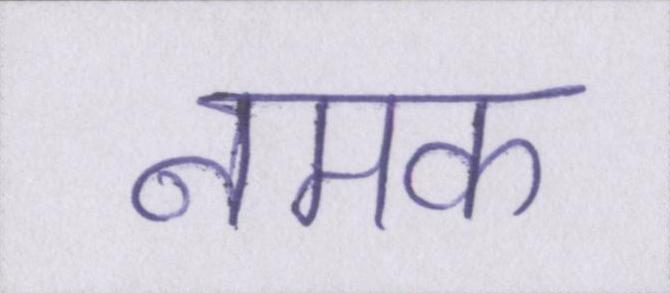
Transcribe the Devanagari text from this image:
नमक